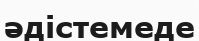
әдістемеде